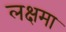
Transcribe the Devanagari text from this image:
लक्षमा